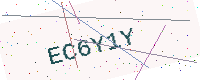
Text: EC6Y1Y